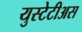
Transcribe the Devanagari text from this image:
युस्टेटीअस